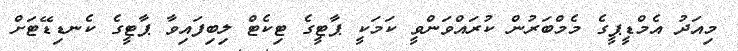
މިއަދު އެމްޑީޕީގެ މެމްބަރުން ކުރައްވަންވީ ކަމަކީ ޕާޓީގެ ޓިކެޓް ލިބިފައިވާ ޕާޓީގެ ކެނޑިޑޭޓަށް